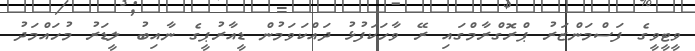
ވީޓީވީގެ ފަސްމަންޒަރު ޕްރޮގްރާމްގައި ރޭ ވާހަކަފުޅު ދައްކަވަމުން ޑީއާރުޕީގެ ނާއިބު ލީޑަރު މުހައްމަދު